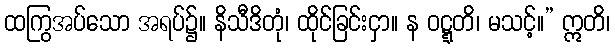
ထကြွအပ်သော အရပ်၌။ နိသီဒိတုံ၊ ထိုင်ခြင်းငှာ။ န ဝဋ္ဋတိ၊ မသင့်။” ဣတိ၊